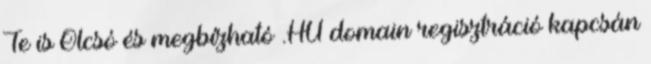
Te is Olcsó és megbízható .HU domain regisztráció kapcsán